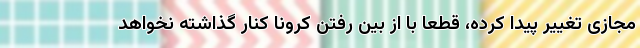
مجازی تغییر پیدا کرده، قطعا با از بین رفتن کرونا کنار گذاشته نخواهد